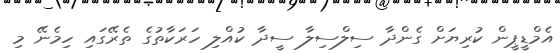
އެމްޑީޕީން ކުރިޔަށް ގެންދާ ސިލްސިލާ ސީދާ ކުއްލި ހަރަކާތުގެ ތެެރޭގައި ހިމެނޭ މި